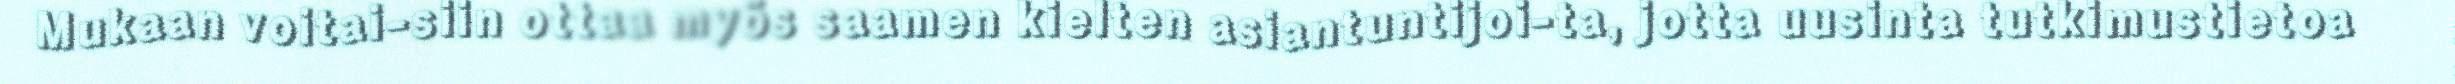
Mukaan voitai-siin ottaa myös saamen kielten asiantuntijoi-ta, jotta uusinta tutkimustietoa